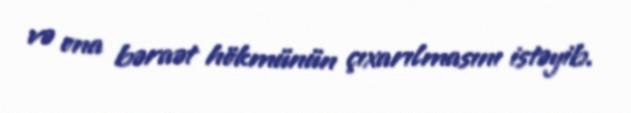
və ona bəraət hökmünün çıxarılmasını istəyib.